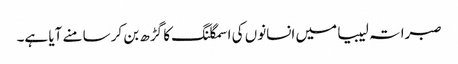
صبراتہ لیبیا میں انسانوں کی اسمگلنگ کا گڑھ بن کر سامنے آیا ہے۔